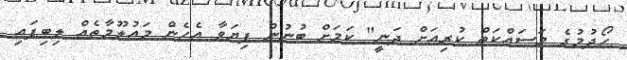
ހޯދުމުގެ މަސައްކަތް ކުރިއަށް ދަނީ" ކަމަށް ބުނުން ފިޔަވާ އެހެން މައުލޫމާތެއް ލިބިފައި